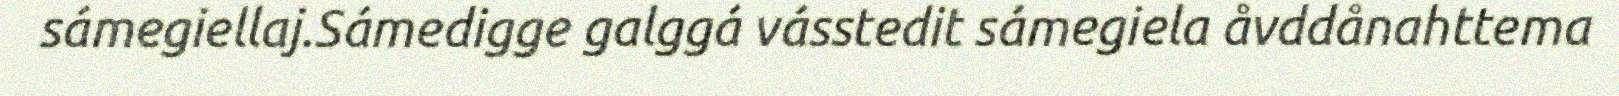
sámegiellaj.Sámedigge galggá vásstedit sámegiela åvddånahttema